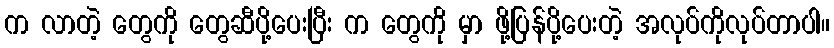
က လာတဲ့ တွေကို တွေဆီပို့ပေးပြီး က တွေကို မှာ ဖို့ပြန်ပို့ပေးတဲ့ အလုပ်ကိုလုပ်တာပါ။